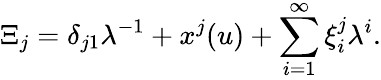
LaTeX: \Xi_{j}=\delta_{j1}\lambda^{-1}+x^{j}(u)+\sum_{i=1}^{\infty}\xi_{i}^{j}\lambda^{i}.